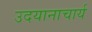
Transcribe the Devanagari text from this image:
उदयानाचार्य